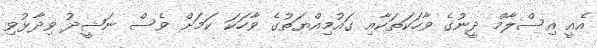
އެއީ އިސްލާމް ދީނުގެ ވާހަކަތަކާއި ގައުމިއްޔަތުގެ ވާހަކަ ކަމަށް ވެސް ނަޝީދު ވިދާޅުވި